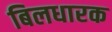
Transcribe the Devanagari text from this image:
बिलधारक